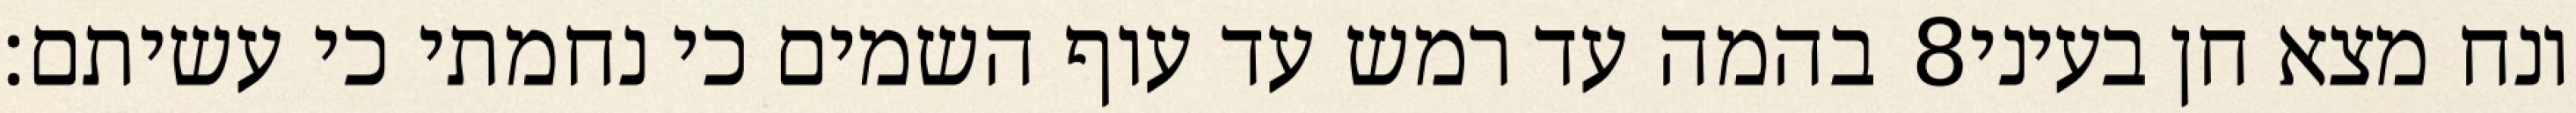
בהמה עד רמש עד עוף השמים כי נחמתי כי עשיתם׃ ‎8‏ ונח מצא חן בעיני